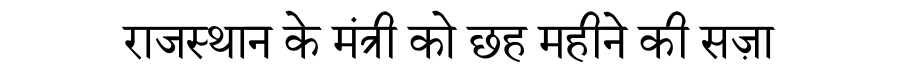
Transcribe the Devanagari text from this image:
राजस्थान के मंत्री को छह महीने की सज़ा